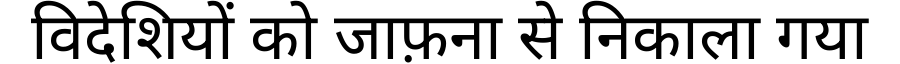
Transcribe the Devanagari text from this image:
विदेशियों को जाफ़ना से निकाला गया